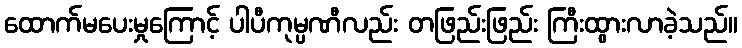
ထောက်မပေးမှုကြောင့် ပါပီကုမ္ပဏီလည်း တဖြည်းဖြည်း ကြီးထွားလာခဲ့သည်။